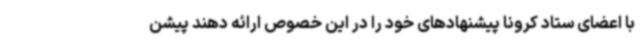
با اعضای ستاد کرونا پیشنهادهای خود را در این خصوص ارائه دهند پیشن